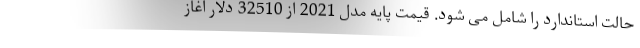
حالت استاندارد را شامل می شود. قیمت پایه مدل 2021 از 32510 دلار آغاز